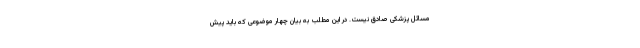
مسائل پزشکی صادق نیست. در این مطلب به بیان چهار موضوعی که باید پیش